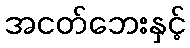
အငတ်ဘေးနှင့်